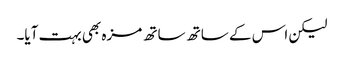
لیکن اس کے ساتھ ساتھ مزہ بھی بہت آیا۔